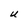
Character: U